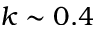
k \sim 0 . 4